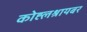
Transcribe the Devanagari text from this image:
कोह्लश्रायबर